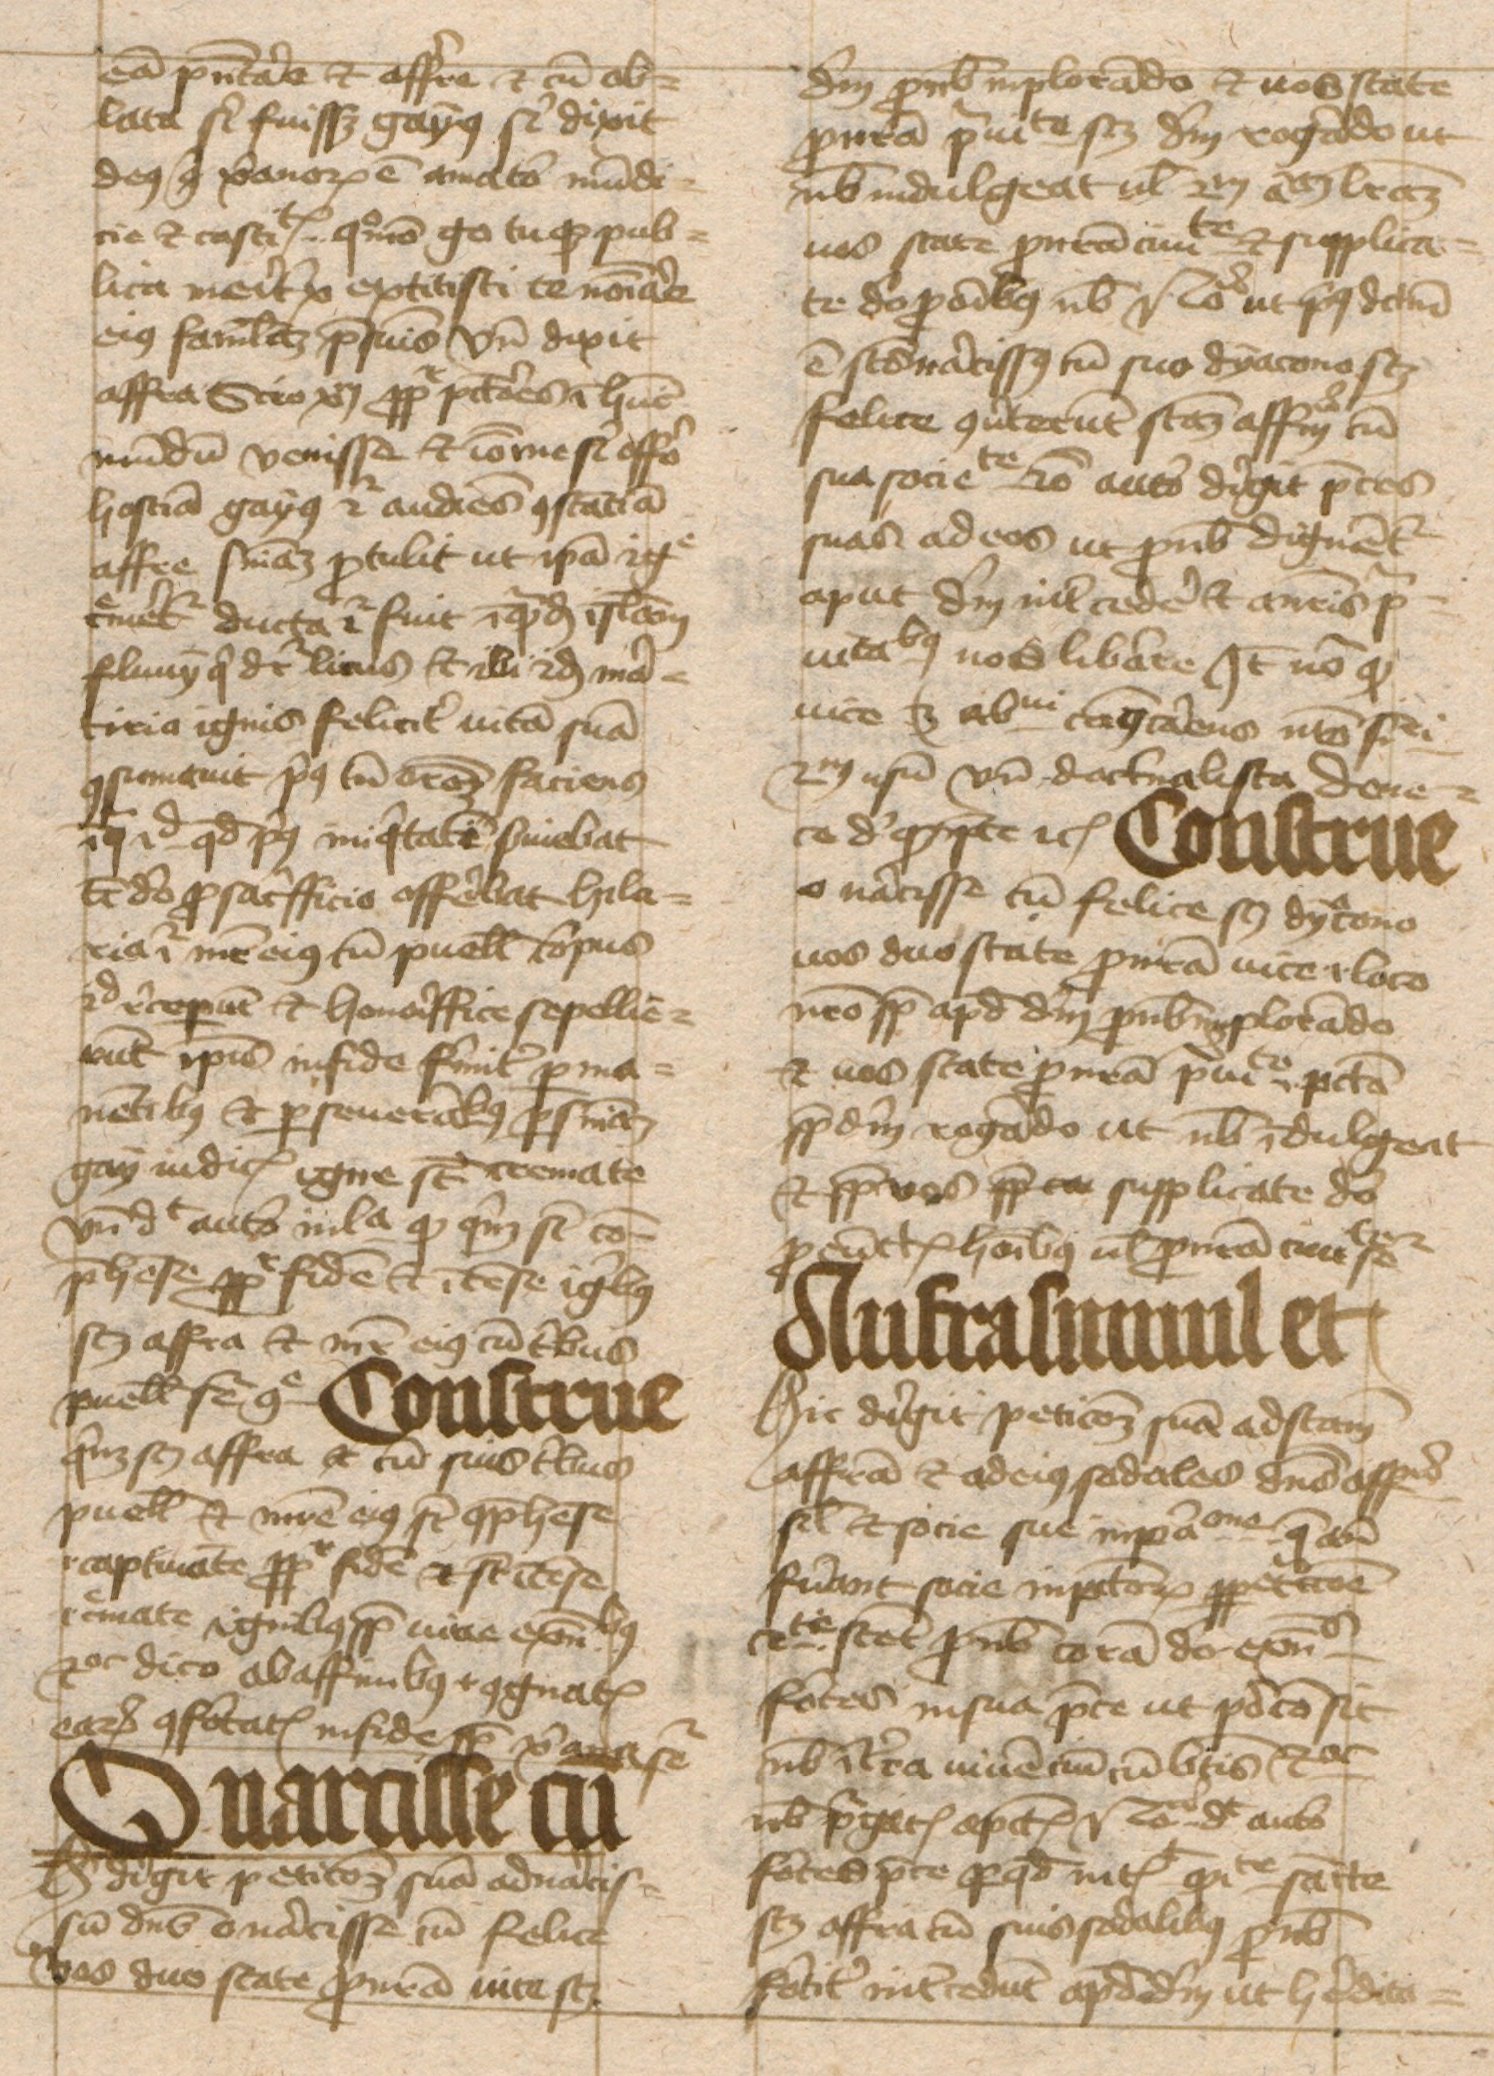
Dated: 1443–1443